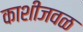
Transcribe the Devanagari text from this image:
काशीजवळ